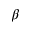
\beta